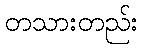
တသားတည်း